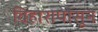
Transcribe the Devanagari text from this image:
विहारापासून